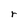
Character: r